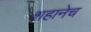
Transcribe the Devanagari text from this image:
शहानेच